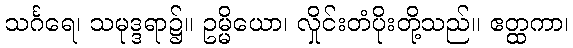
သင်္ဂရေ၊ သမုဒ္ဒရာ၌။ ဥမ္မိယော၊ လှိုင်းတံပိုးတို့သည်။ ဧတ္ထကာ၊